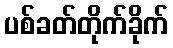
ပစ်ခတ်တိုက်ခိုက်